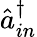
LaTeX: \hat{a}_{in}^{\dagger}